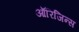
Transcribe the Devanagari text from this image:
ऑरिजिन्स